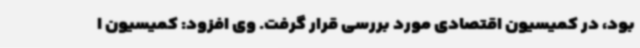
بود، در کمیسیون اقتصادی مورد بررسی قرار گرفت. وی افزود: کمیسیون ا